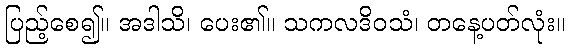
ပြည့်စေ၍။ အဒါသိ၊ ပေး၏။ သကလဒိဝသံ၊ တနေ့ပတ်လုံး။